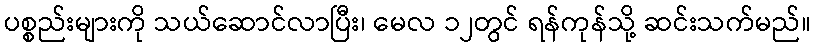
ပစ္စည်းများကို သယ်ဆောင်လာပြီး၊ မေလ ၁၂တွင် ရန်ကုန်သို့ ဆင်းသက်မည်။